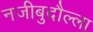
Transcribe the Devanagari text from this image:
नजीबुदौल्ला